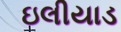
ઇલીયાડ